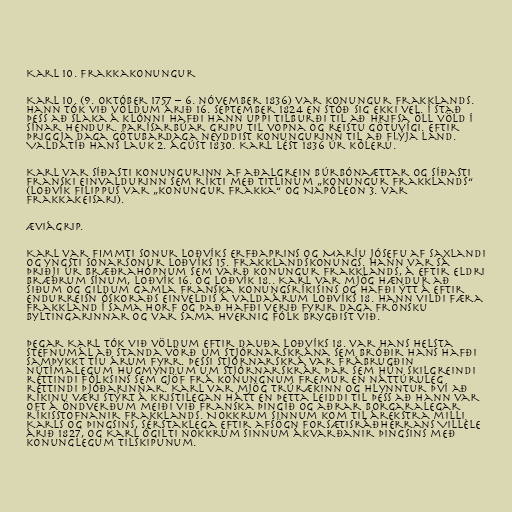
Karl 10. Frakkakonungur

Karl 10. (9. október 1757 – 6. nóvember 1836) var konungur Frakklands.
Hann tók við völdum árið 16. september 1824 en stóð sig ekki vel. Í stað
þess að slaka á klónni hafði hann uppi tilburði til að hrifsa öll völd í
sínar hendur. Parísarbúar gripu til vopna og reistu götuvígi. Eftir
þriggja daga götubardaga neyddist konungurinn til að flýja land.
Valdatíð hans lauk 2. ágúst 1830. Karl lést 1836 úr kóleru.

Karl var síðasti konungurinn af aðalgrein Búrbónaættar og síðasti
franski einvaldurinn sem ríkti með titlinum „konungur Frakklands“
(Loðvík Filippus var „konungur Frakka“ og Napóleon 3. var
Frakkakeisari).

Æviágrip.

Karl var fimmti sonur Loðvíks erfðaprins og Maríu Jósefu af Saxlandi
og yngsti sonarsonur Loðvíks 15. Frakklandskonungs. Hann var sá
þriðji úr bræðrahópnum sem varð konungur Frakklands, á eftir eldri
bræðrum sínum, Loðvík 16. og Loðvík 18.. Karl var mjög hændur að
siðum og gildum gamla franska konungsríkisins og hafði ýtt á eftir
endurreisn óskoraðs einveldis á valdaárum Loðvíks 18. Hann vildi færa
Frakkland í sama horf og það hafði verið fyrir daga frönsku
byltingarinnar og var sama hvernig fólk brygðist við.

Þegar Karl tók við völdum eftir dauða Loðvíks 18. var hans helsta
stefnumál að standa vörð um stjórnarskrána sem bróðir hans hafði
samþykkt tíu árum fyrr. Þessi stjórnarskrá var frábrugðin
nútímalegum hugmyndum um stjórnarskrár þar sem hún skilgreindi
réttindi fólksins sem gjöf frá konungnum fremur en náttúruleg
réttindi þjóðarinnar. Karl var mjög trúrækinn og hlynntur því að
ríkinu væri stýrt á kristilegan hátt en þetta leiddi til þess að hann var
oft á öndverðum meiði við franska þingið og aðrar borgaralegar
ríkisstofnanir Frakklands. Nokkrum sinnum kom til árekstra milli
Karls og þingsins, sérstaklega eftir afsögn forsætisráðherrans Villèle
árið 1827, og Karl ógilti nokkrum sinnum ákvarðanir þingsins með
konunglegum tilskipunum.